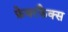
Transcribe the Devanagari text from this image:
फ़ेयरफैक्स